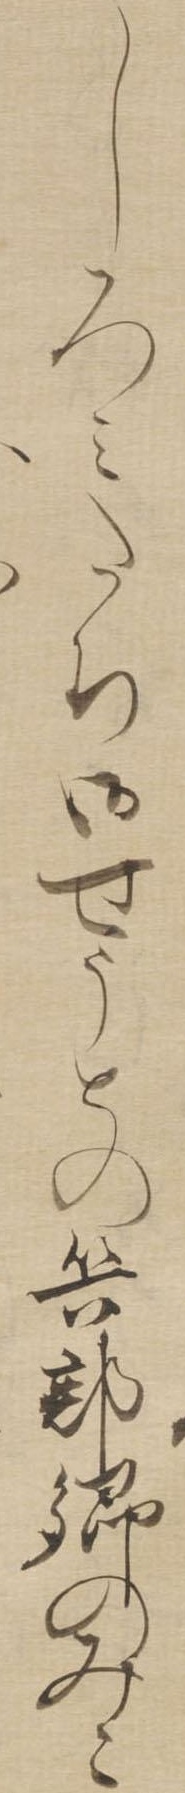
しろみたち御せうとの兵部卿のみこ